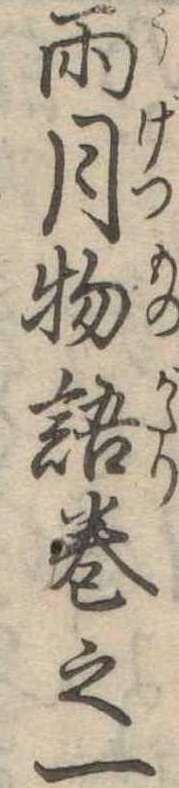
雨月物語巻之一